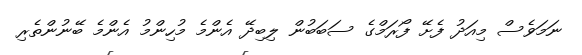
ނަމަވެސް މިއަދު ފެށޭ ފޯރަމްގެ ސަބަބުން ލިބިދޭ އެންމެ މުހިންމު އެންމެ ބޭނުންތެރި